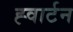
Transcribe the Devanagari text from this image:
ह्वार्टन